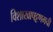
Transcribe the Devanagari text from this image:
विशाखापट्टणमची